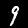
Label: 9